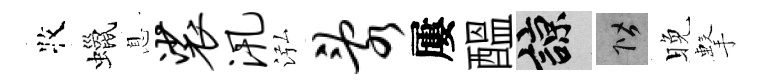
牧蠟息裟汛泓乱屢醖諒階晚擊